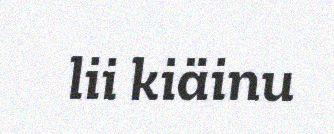
lii kiäinu